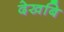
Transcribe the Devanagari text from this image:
देखबि